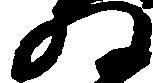
ね